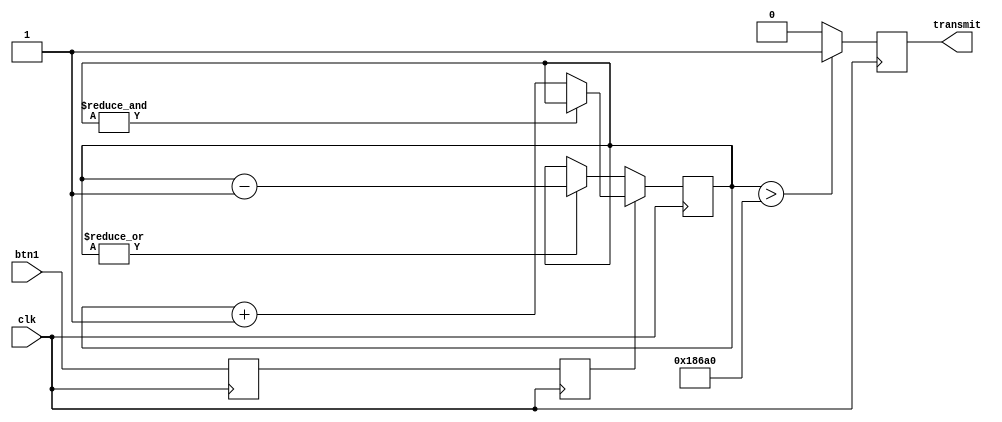
`timescale 1ns / 1ps
//////////////////////////////////////////////////////////////////////////////////
// Company: Sun Yat-sen University
// 
// Design Name: Debouncing Transmission
// Module Name: transmit_debouncing
// Project Name: SimpleCPU
// Target Devices: Basys3
// Tool Versions: Vivado 2018.1
// Description: 
// 
// Dependencies: 
// 
// Revision:
// Revision 0.01 - File Created
// Additional Comments:
// 
//////////////////////////////////////////////////////////////////////////////////

module uart_transmit_debouncing #(
    parameter threshold = 100000 // set parameter thresehold to guage how long button pressed
)(
    input clk, // clock signal
    input btn1, // input buttons for transmit and reset
    output reg transmit // transmit signal
    );
    
    reg button_ff1 = 0; // button flip-flop for synchronization. Initialize it to 0
    reg button_ff2 = 0; // button flip-flop for synchronization. Initialize it to 0
    reg [30:0]count = 0; // 20 bits count for increment & decrement when button is pressed or released. Initialize it to 0 

    // First use two flip-flops to synchronize the button signal the "clk" clock domain

    always @(posedge clk)
    begin
        button_ff1 <= btn1;
        button_ff2 <= button_ff1;
    end

    // When the push-button is pushed or released, we increment or decrement the counter
    // The counter has to reach threshold before we decide that the push-button state has changed
    always @(posedge clk)
    begin 
        if (button_ff2) //if button_ff2 is 1
        begin
            if (~&count) //if it isn't at the count limit. Make sure won't count up at the limit. First AND all count and then not the AND
                count <= count + 1; // when btn pressed, count up
        end else begin
            if (|count) //if count has at least 1 in it. Make sure no subtraction when count is 0 
                count <= count - 1; //when btn relesed, count down
        end
        if (count > threshold) // if the count is greater the threshold 
            transmit <= 1; // debounced signal is 1
        else
            transmit <= 0; // debounced signal is 0
    end


endmodule